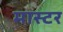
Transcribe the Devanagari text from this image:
मास्टर